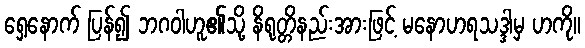
ရှေ့နောက် ပြန်၍ ဘဂဝါဟူ၏သို့ နိရုတ္တိနည်းအားဖြင့် မနောဟရသဒ္ဒါမှ ဟကို။